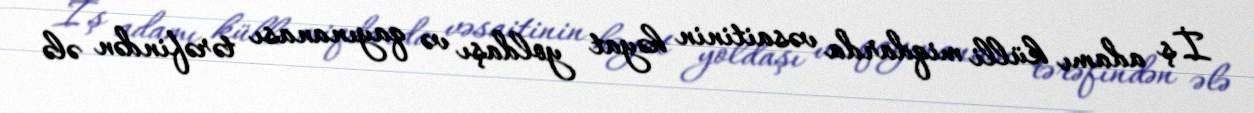
İş adamı külli miqdarda vəsaitinin həyat yoldaşı və qayınanası tərəfindən ələ